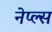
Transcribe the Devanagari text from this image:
नेप्ल्स